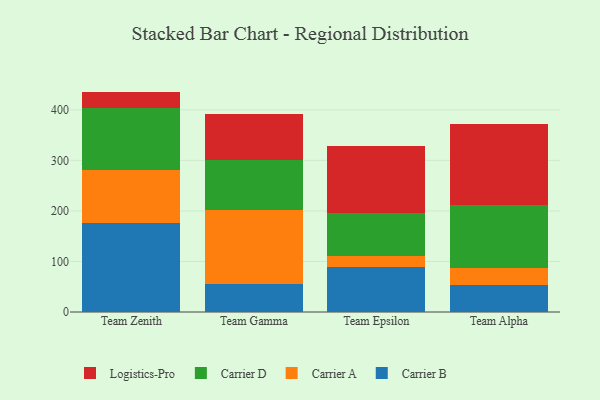
{"axis": {"x": "Team", "y": "Satisfaction Score"}, "legend": ["Carrier A", "Carrier B", "Carrier D", "Logistics-Pro"], "data": [{"x": "Team Zenith", "y": 176.8, "type": "Carrier B"}, {"x": "Team Zenith", "y": 104.7, "type": "Carrier A"}, {"x": "Team Zenith", "y": 123.0, "type": "Carrier D"}, {"x": "Team Zenith", "y": 31.7, "type": "Logistics-Pro"}, {"x": "Team Gamma", "y": 56.3, "type": "Carrier B"}, {"x": "Team Gamma", "y": 145.1, "type": "Carrier A"}, {"x": "Team Gamma", "y": 99.6, "type": "Carrier D"}, {"x": "Team Gamma", "y": 90.2, "type": "Logistics-Pro"}, {"x": "Team Epsilon", "y": 89.9, "type": "Carrier B"}, {"x": "Team Epsilon", "y": 21.2, "type": "Carrier A"}, {"x": "Team Epsilon", "y": 84.3, "type": "Carrier D"}, {"x": "Team Epsilon", "y": 132.4, "type": "Logistics-Pro"}, {"x": "Team Alpha", "y": 53.7, "type": "Carrier B"}, {"x": "Team Alpha", "y": 32.5, "type": "Carrier A"}, {"x": "Team Alpha", "y": 125.9, "type": "Carrier D"}, {"x": "Team Alpha", "y": 159.1, "type": "Logistics-Pro"}]}